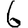
Digit: 6